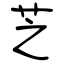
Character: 芝